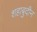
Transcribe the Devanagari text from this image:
शहाबुदीन